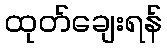
ထုတ်ချေးရန်